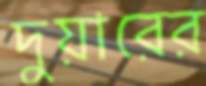
দুয়ারের